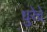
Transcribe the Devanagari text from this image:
धुरेचे